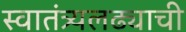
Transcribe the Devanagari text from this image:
स्वातंत्र्यलढ्याची